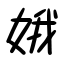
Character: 娥